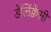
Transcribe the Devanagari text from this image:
डेलिंक्वेंसी